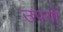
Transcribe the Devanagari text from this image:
उपगों